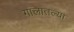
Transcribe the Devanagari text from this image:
गालातल्या